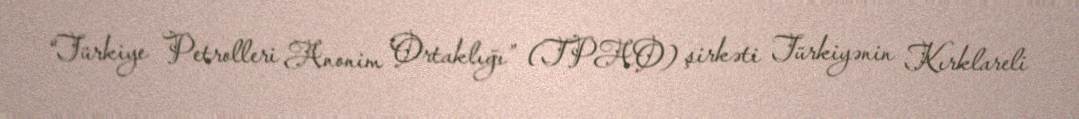
“Türkiye Petrolleri Anonim Ortaklığı” (TPAO) şirkəti Türkiyənin Kırklareli